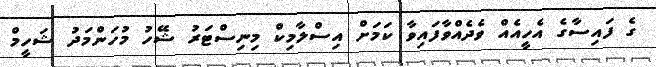
ގެ ފައިސާގެ އެހީއެއް ވެދެއްވާފައިވާ ކަމަށް އިސްލާމިކް މިނިސްޓަރު ޝޭހު މުހަންމަދު ޝަހީމް